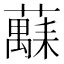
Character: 𫊅